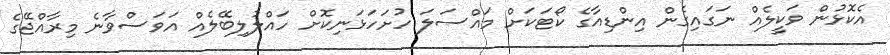
އެކޮޅުން ވަކީލެއް ނަގައިގެން އިންޑިއާގެ ކޯޓަކަށް މައްސަލަ ހުށަހަޅަނިކޮށް ހައްލުލިބޭލެއް އަވަސްވާނެ މިރާއްޖޭގެ